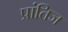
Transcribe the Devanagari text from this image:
प्रांतिज